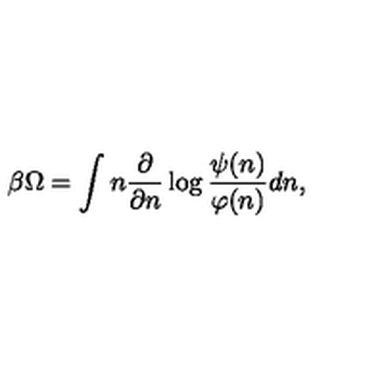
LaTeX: \beta \Omega = \int n \frac { \partial } { \partial n } \log \frac { \psi ( n ) } { \varphi ( n ) } d n ,